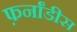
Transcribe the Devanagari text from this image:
फ़र्नांडीस